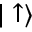
| \uparrow \rangle